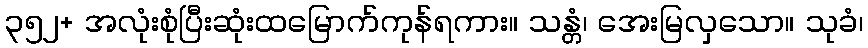
၃၅၂+ အလုံးစုံပြီးဆုံးထမြောက်ကုန်ရကား။ သန္တံ၊ အေးမြလှသော။ သုခံ၊